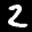
Label: 2